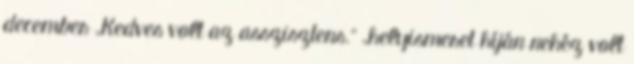
december „Kedves volt az asszisztens.” „helyismeret híján nehéz volt